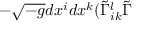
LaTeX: - \sqrt { - g } d x ^ { i } d x ^ { k } ( \widetilde { \Gamma } _ { i k } ^ { l } \widetilde { \Gamma }